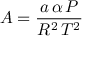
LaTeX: A = { \frac { a \, \alpha \, P } { R ^ { 2 } \, T ^ { 2 } } }